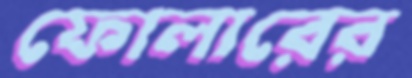
ফোলারের